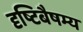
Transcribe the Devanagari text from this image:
दृष्टिबैषम्य